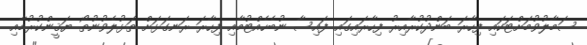
ސަމާލުވުމަށްޓަކައި ފިހާރަ ބަންދުކުރާއިރު ފިހާރައިގައި ފައިސާ ނުބެހެއްޓުމާއި ފިހާރަ ރަނގަޅަށް ތަޅުލެވުނުތޯ ޔަޤީންކުރުމާއި